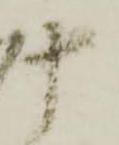
十